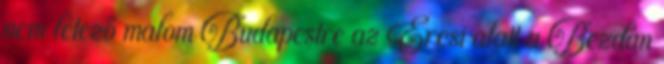
nem létező malom Budapestre az Ercsi alatt a Bezdán